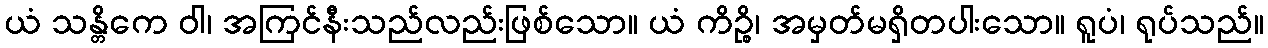
ယံ သန္တိကေ ဝါ၊ အကြင်နီးသည်လည်းဖြစ်သော။ ယံ ကိဉ္စိ၊ အမှတ်မရှိတပါးသော။ ရူပံ၊ ရုပ်သည်။